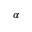
\alpha